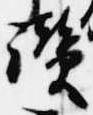
讃